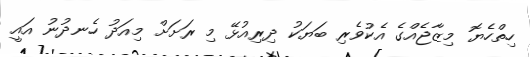
ހިތްހެޔޮ މިޒާޖެއްގެ އެކުވެރި ބަޔަކު ދިރިއުޅޭ މި ރަށަށް މިއަދު ހެނދުނު އައީ